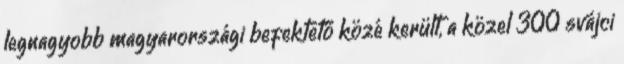
legnagyobb magyarországi befektető közé került, a közel 300 svájci